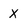
Character: X